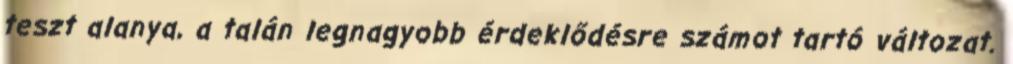
teszt alanya, a talán legnagyobb érdeklődésre számot tartó változat.